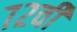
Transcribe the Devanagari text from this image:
७२वीं